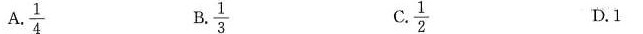
A.\frac{1}{4} B.\frac{1}{3} C.\frac{1}{2}D.1